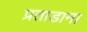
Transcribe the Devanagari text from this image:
प्रताडाना